Report on plague in the Punjab from October 1st ... to September 30th ..., being the ... season of plague in the province
Disease focus: Plague
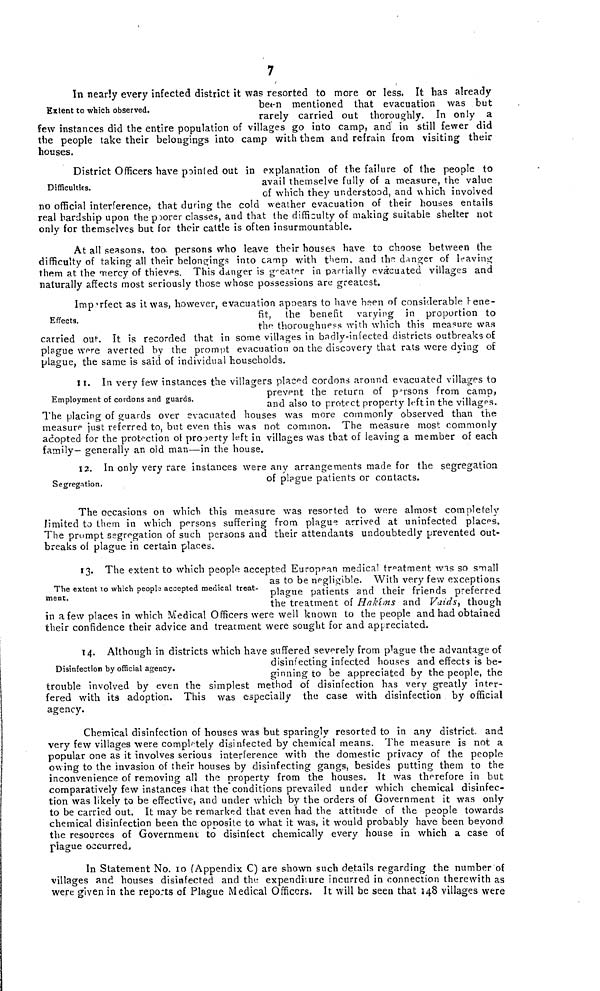
7
Extent to which observed.
In nearly every infected district it was resorted to more or less. It has already
been mentioned that evacuation was but
rarely carried out thoroughly. In only a
few instances did the entire population of villages go into camp, and in still fewer did
the people take their belongings into camp with them and refrain from visiting their
houses.
Difficulties.
District Officers have pointed out in explanation of the failure of the people to
avail themselve fully of a measure, the value
of which they understood, and which involved
no official interference, that during the cold weather evacuation of their houses entails
real hardship upon the poorer classes, and that the difficulty of making suitable shelter not
only for themselves but for their cattle is often insurmountable.
At all seasons, too. persons who leave their houses have to choose between the
difficulty of taking all their belongings into camp with them, and the danger of leaving
them at the mercy of thieves. This danger is greater in partially evacuated villages and
naturally affects most seriously those whose possessions are greatest.
Effects.
Imperfect as it was, however, evacuation appears to have been of considerable bene-
fit, the benefit varying in proportion to
the thoroughness with which this measure was
carried out. It is recorded that in some villages in badly-infected districts outbreaks of
plague were averted by the prompt evacuation on the discovery that rats were dying of
plague, the same is said of individual households.
Employment of cordons and guards.
11. In very few instances the villagers placed cordons around evacuated villages to
prevent the return of persons from camp,
and also to protect property left in the villages.
The placing of guards over evacuated houses was more commonly observed than the
measure just referred to, but even this was not common. The measure most commonly
adopted for the protection of property left in villages was that of leaving a member of each
family— generally an old man—in the house.
Segregation.
12. In only very rare instances were any arrangements made for the segregation
of plague patients or contacts.
The occasions on which this measure was resorted to were almost completely
limited to them in which persons suffering from plague arrived at uninfected places.
The prompt segregation of such persons and their attendants undoubtedly prevented out-
breaks of plague in certain places.
The extent to which people accepted medical treat-
ment.
13. The extent to which people accepted European medical treatment was so small
as to be negligible. With very few exceptions
plague patients and their friends preferred
the treatment of Hakims and Vaids, though
in a few places in which Medical Officers were well known to the people and had obtained
their confidence their advice and treatment were sought for and appreciated.
Disinfection by official agency.
14. Although in districts which have suffered severely from plague the advantage of
disinfecting infected houses and effects is be-
ginning to be appreciated by the people, the
trouble involved by even the simplest method of disinfection has very greatly inter-
fered with it3 adoption. This was especially the case with disinfection by official
agency.
Chemical disinfection of houses was but sparingly resorted to in any district. and
very few villages were completely disinfected by chemical means. The measure is not a
popular one as it involves serious interference with the domestic privacy of the people
owing to the invasion of their houses by disinfecting gangs, besides putting them to the
inconvenience of removing all the property from the houses. It was therefore in but
comparatively few instances that the conditions prevailed under which chemical disinfec-
tion was likely to be effective, and under which by the orders of Government it was only
to be carried out. It may be remarked that even had the attitude of the people towards
chemical disinfection been the opposite to what it was, it would probably have been beyond
the resources of Government to disinfect chemically every house in which a case of
plague occurred.
In Statement No. 10 (Appendix C) are shown such details regarding the number of
villages and houses disinfected and the expenditure incurred in connection therewith as
were given in the reports of Plague Medical Officers. It will be seen that 148 villages were